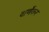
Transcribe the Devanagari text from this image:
वार्णेकर